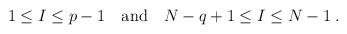
LaTeX: \begin{align*}1\leq I \leq p-1 \quad \mbox{and} \quad N-q+1\leq I \leq N-1\;.\end{align*}